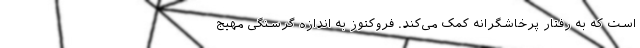
است که به رفتار پرخاشگرانه کمک می‌کند. فروکتوز به اندازه گرسنگی مهیج